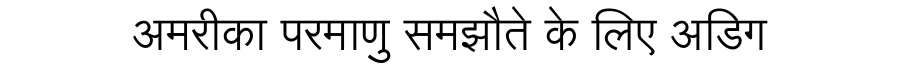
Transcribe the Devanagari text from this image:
अमरीका परमाणु समझौते के लिए अडिग